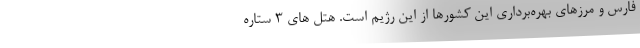
فارس و مرزهای بهره‌برداری این کشورها از این رژیم است. هتل های 3 ستاره